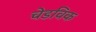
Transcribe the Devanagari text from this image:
चेडविक